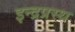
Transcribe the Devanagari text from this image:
इन्‍द्रप्रस्‍थ